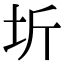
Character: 圻